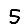
Digit: 5